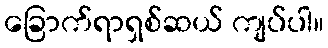
ခြောက်ရာရှစ်ဆယ် ကျပ်ပါ။